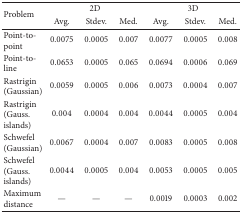
<table><thead><tr><td rowspan="2"><b>Problem </b></td><td colspan="3"><b>2D</b></td><td colspan="3"><b>3D</b></td></tr><tr><td><b>Avg.</b></td><td><b>Stdev.</b></td><td><b>Med.</b></td><td><b>Avg.</b></td><td><b>Stdev.</b></td><td><b>Med.</b></td></tr></thead><tbody><tr><td>Point-to-point</td><td>0.0075</td><td>0.0005</td><td>0.007</td><td>0.0077</td><td>0.0005</td><td>0.008</td></tr><tr><td>Point-to-line</td><td>0.0653</td><td>0.0005</td><td>0.065</td><td>0.0694</td><td>0.0006</td><td>0.069</td></tr><tr><td>Rastrigin (Gaussian)</td><td>0.0059</td><td>0.0005</td><td>0.006</td><td>0.0073</td><td>0.0004</td><td>0.007</td></tr><tr><td>Rastrigin (Gauss. islands)</td><td>0.004</td><td>0.0004</td><td>0.004</td><td>0.0044</td><td>0.0005</td><td>0.004</td></tr><tr><td>Schwefel (Gaussian)</td><td>0.0067</td><td>0.0004</td><td>0.007</td><td>0.0083</td><td>0.0005</td><td>0.008</td></tr><tr><td>Schwefel (Gauss. islands)</td><td>0.0044</td><td>0.0005</td><td>0.004</td><td>0.0053</td><td>0.0005</td><td>0.005</td></tr><tr><td>Maximum distance</td><td>—</td><td>—</td><td>—</td><td>0.0019</td><td>0.0003</td><td>0.002</td></tr></tbody></table>